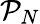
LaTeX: \mathcal{P}_{N}